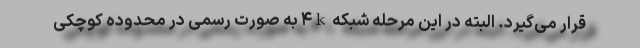
قرار می‌گیرد. البته در این مرحله شبکه ۴k به صورت رسمی در محدوده کوچکی